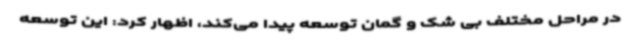
در مراحل مختلف بی شک و گمان توسعه پیدا می‌کند، اظهار کرد: این توسعه